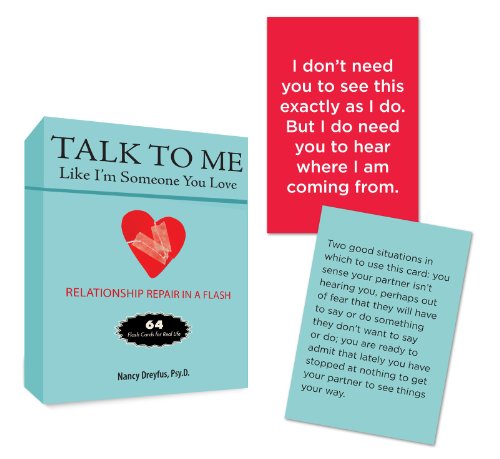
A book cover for Talk To Me Like I'm Someone You Love: Flash Cards for Real Life (Tarcher Inspiration Cards); Nancy Dreyfus; Parenting & Relationships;